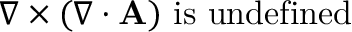
\nabla \times ( \nabla \cdot \mathbf { A } ) \ { \mathrm { i s ~ u n d e f i n e d } }